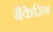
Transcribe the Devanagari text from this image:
बैकेरिन